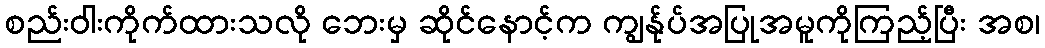
စည်းဝါးကိုက်ထားသလို ဘေးမှ ဆိုင်နောင့်က ကျွန်ုပ်အပြုအမူကိုကြည့်ပြီး အစ၊